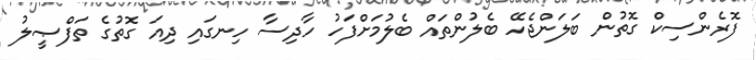
ފޮރެންސިކް ގޮތުން ބަލަންޖެހޭ ބެލުންތައް ބެލުމަށްފަހު ހާދިސާ ހިނގައި ދިއަ ގޮތުގެ ތަފްޞީލު